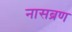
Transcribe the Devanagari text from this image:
नासब्रण